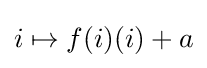
i\mapsto f(i)(i)+a